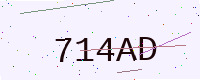
Text: 714AD